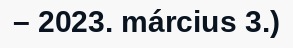
– 2023. március 3.)